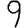
Digit: 9